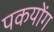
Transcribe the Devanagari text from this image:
पकयोंग